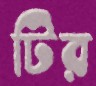
টির